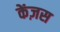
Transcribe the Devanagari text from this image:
केंज़स